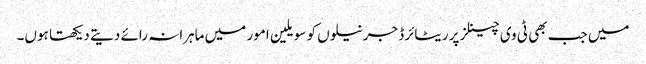
میں جب بھی ٹی وی چینلز پر ریٹائرڈ جرنیلوں کو سویلین امور میں ماہرانہ رائے دیتے دیکھتا ہوں۔